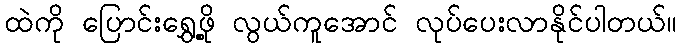
ထဲကို ပြောင်းရွှေ့ဖို့ လွယ်ကူအောင် လုပ်ပေးလာနိုင်ပါတယ်။